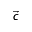
\vec { c }